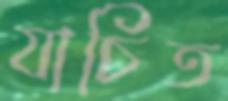
যাচিত